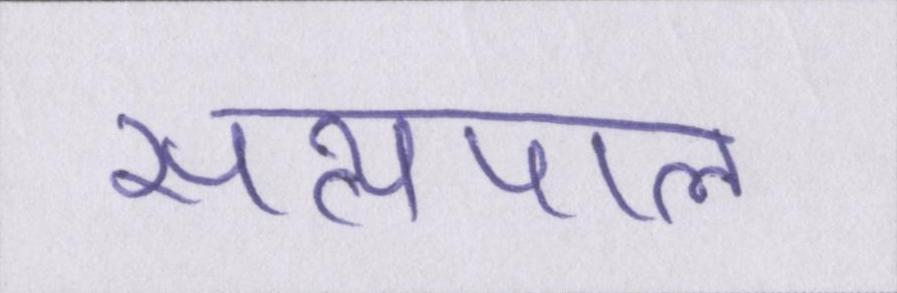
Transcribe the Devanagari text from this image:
सत्यपाल